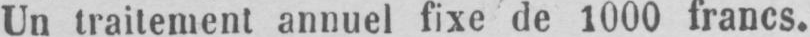
Un traitement annuel fixe de 1000 francs.